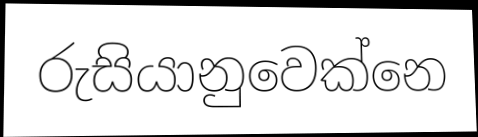
රුසියානුවෙක්නෙ